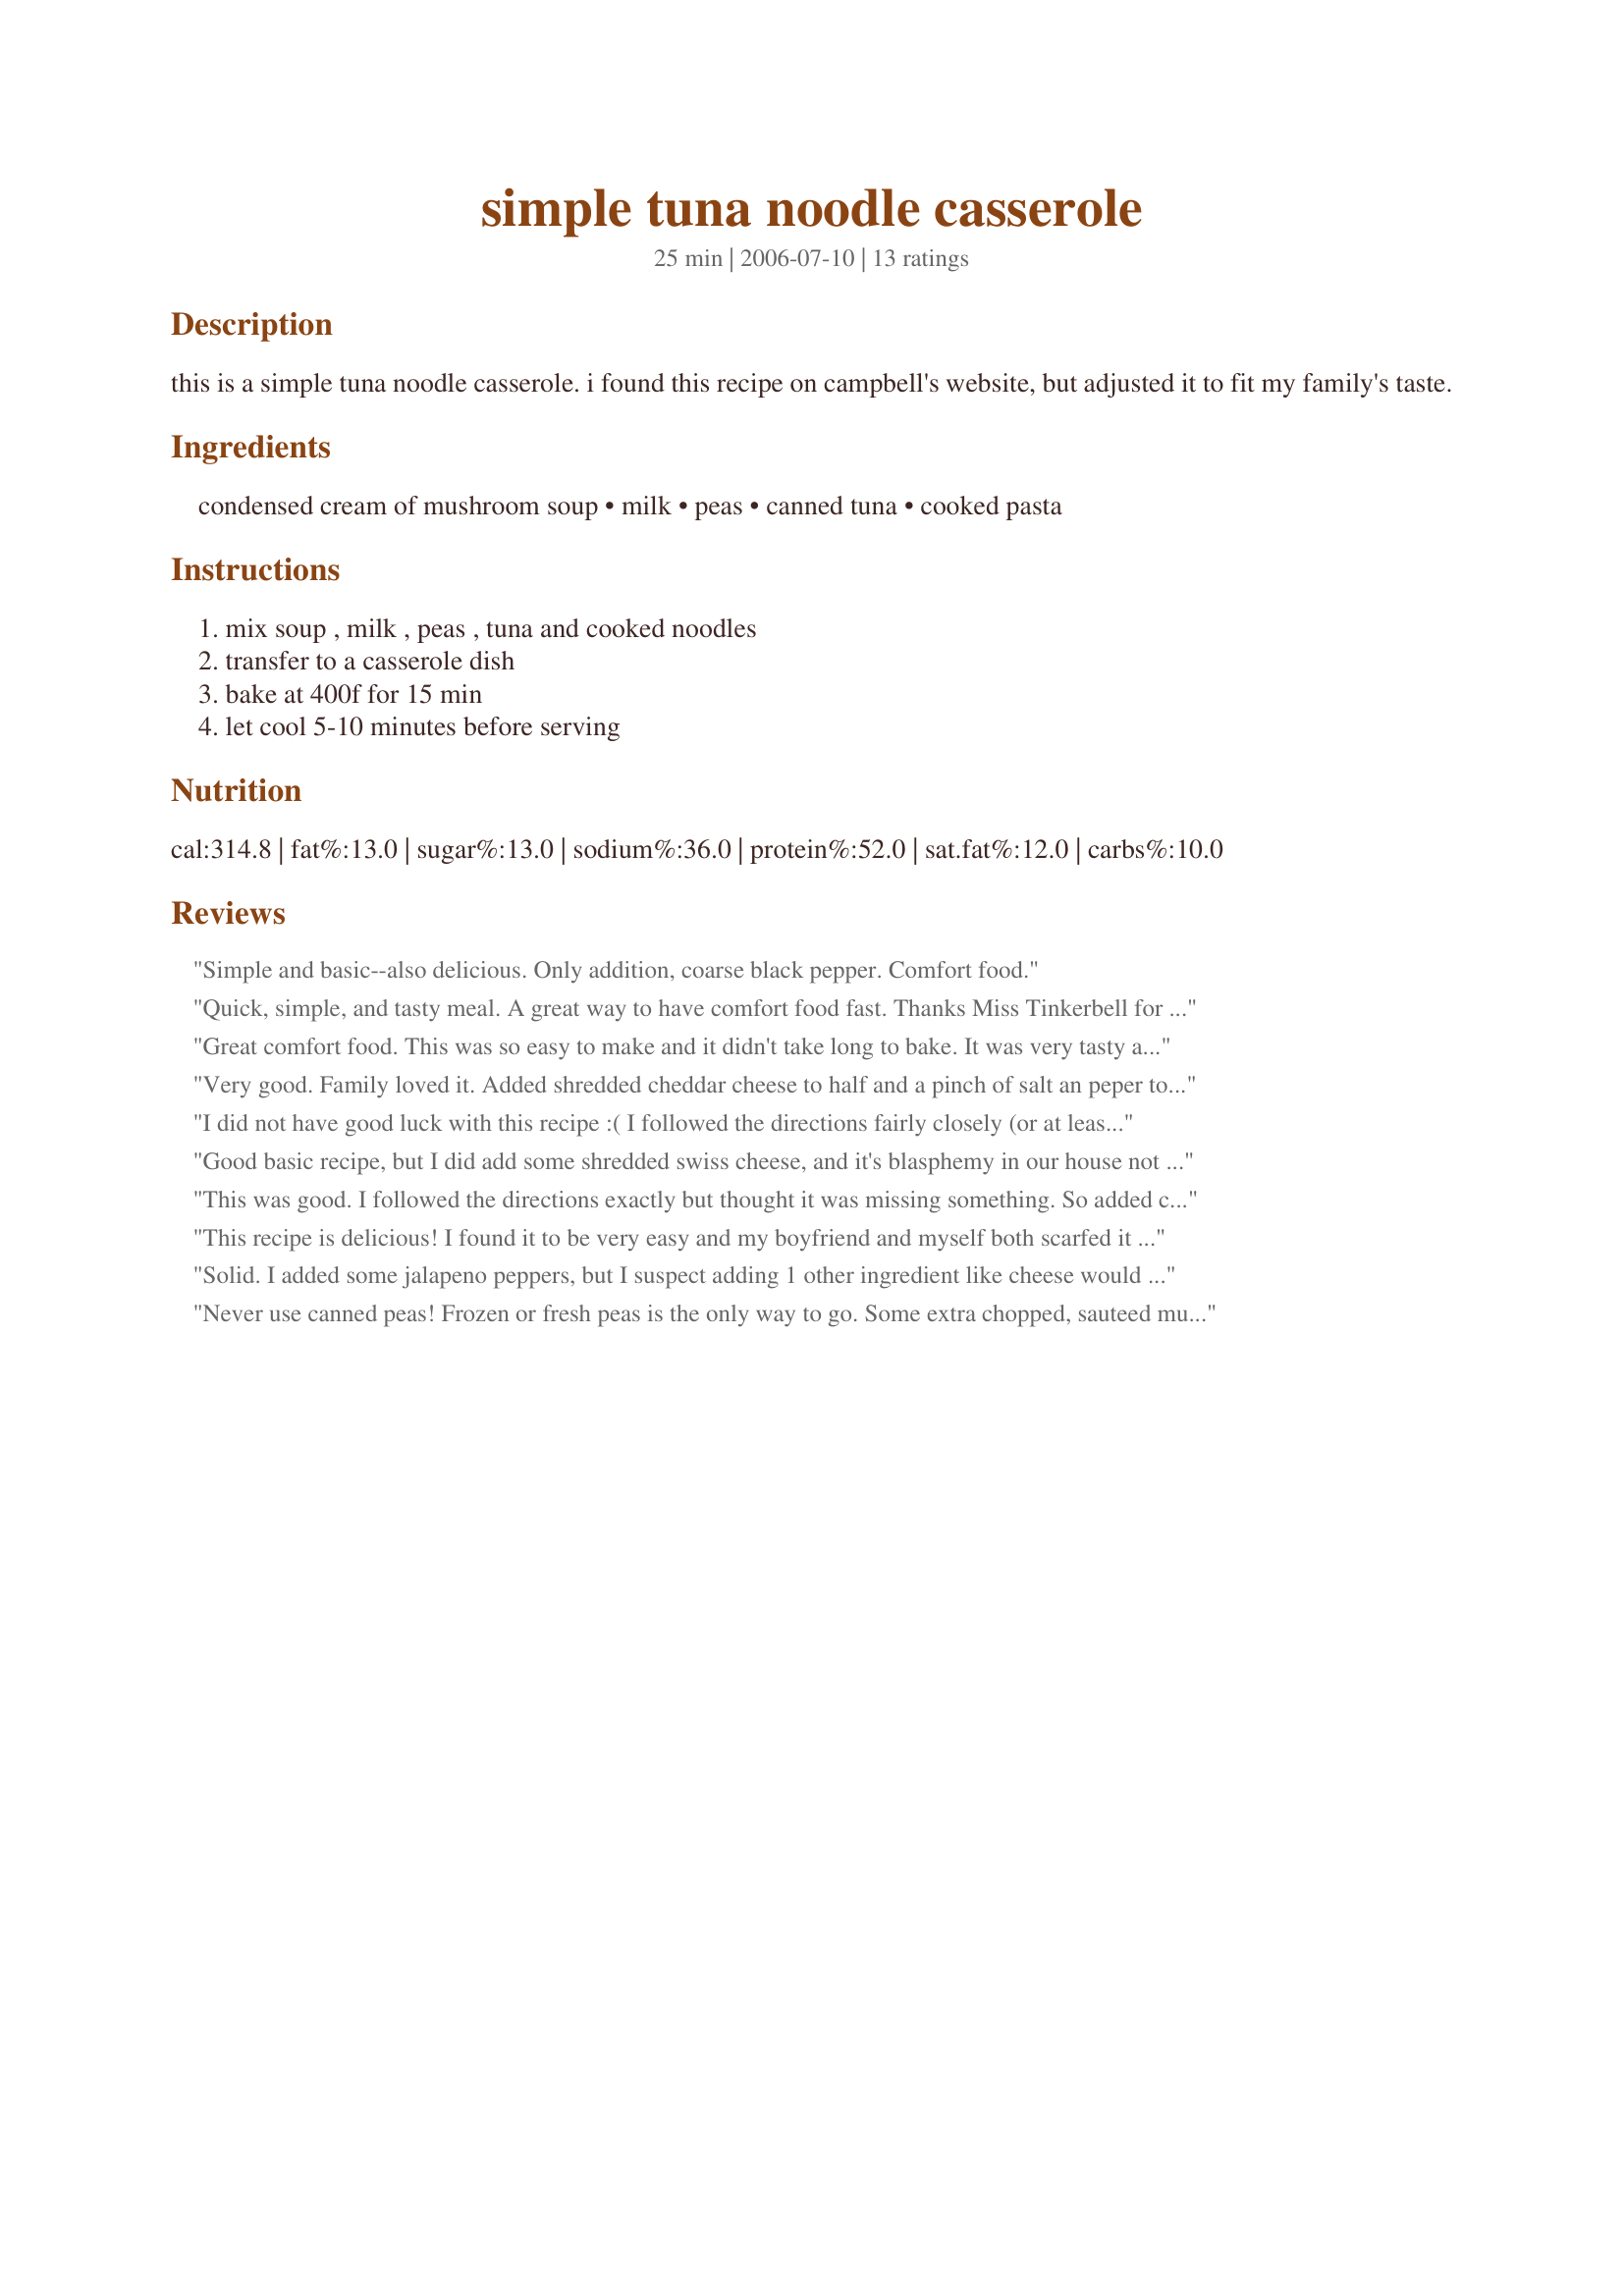
simple tuna noodle casserole
Preparation time: 25 minutes

this is a simple tuna noodle casserole. i found this recipe on campbell's website, but adjusted it to fit my family's taste.

Ingredients:
condensed cream of mushroom soup, milk, peas, canned tuna, cooked pasta

Steps:
mix soup , milk , peas , tuna and cooked noodles, transfer to a casserole dish, bake at 400f for 15 min, let cool 5-10 minutes before serving

Reviews:
Simple and basic--also delicious. Only addition, coarse black pepper. Comfort food.
Quick, simple, and tasty meal. A great way to have comfort food fast. Thanks Miss Tinkerbell for sharing. Made for Zaar Chef Alphabet Soup Tag.
Great comfort food. This was so easy to make and it didn't take long to bake. It was very tasty and creamy. I made it as written. I served it with tossed salad and dinner rolls. Thanks for sharing.
Very good. Family loved it. Added shredded cheddar cheese to half and a pinch of salt an peper to all. Cheddar cheese side tastebebetter, not as bland. Very good though.
I did not have good luck with this recipe :( I followed the directions fairly closely (or at least I think I did), but it turned-out very dry and bland, even with the little extra cream of mushroom soup I put in, as other reviewers had suggested. If you try this recipe, I hope yours turns-out better!
Good basic recipe, but I did add some shredded swiss cheese, and it's blasphemy in our house not to top a tuna casserole with crushed potato chips! Just like mom made it.
This was good. I followed the directions exactly but thought it was missing something. So added cheddar cheese, salt and pepper. Was a nice quick and easy dinner.
This recipe is delicious! I found it to be very easy and my boyfriend and myself both scarfed it down. I didn&#039;t have the proper noodles for it, so I had to make due with spaghetti noodles, which didn&#039;t quite fit, but I will definitely be making again with the proper noodles soon! Highly recommend this recipe!
Solid. I added some jalapeno peppers, but I suspect adding 1 other ingredient like cheese would make it tasty!
Never use canned peas! Frozen or fresh peas is the only way to go. Some extra chopped, sauteed mushrooms and/or onions are also great additions. Experiment with cheese additions if you like. Top this casserole with seasoned bread crumbs tossed in melted butter, pop under broiler for a minute to brown if it isn't toasted enough after baking.
I think this recipe deserves one star for the speed in which it is put together but my husband and I found this to be too bland. Doubt I will ever make it again.
This is a great recipe to play with but, but a little too bland for my taste. Thus, I gave it three stars. For additional &#039;umph&#039; I have added onion, a little salt and pepper, and/or paprika. You can use onion flakes, onion powder and/or garlic powder. I will then top it with chedder or swiss or a cheese blend, whatever I have on hand. The last time I made this I used a topping of panko bread crumbs and crushed Frenche&#039;s Onions that I had left over from a green bead casserole. I haven&#039;t tried it yet, but am toying with lemon pepper and/or celery. Really this recipe is so fast and easy and takes so well to additions I highly recommend trying it and play with your additions as desired.
This is the recipe I use all the time and my family love it. When you are short on time this is a great way to fill up the kids. I usually add 2 cans of soup and 1 can of tuna. It even tastes good with grated cheese mixed in too. I did not have this written down just remembered it in my head. Thanks for posting it.
